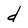
Character: d